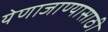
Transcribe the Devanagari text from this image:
येणाजाण्यासाठी